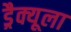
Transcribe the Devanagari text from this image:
ड्रैक्यूला